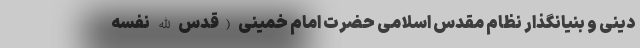
دینی و بنیانگذار نظام مقدس اسلامی حضرت امام خمینی (قدس الله نفسه